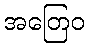
အတြေဝ